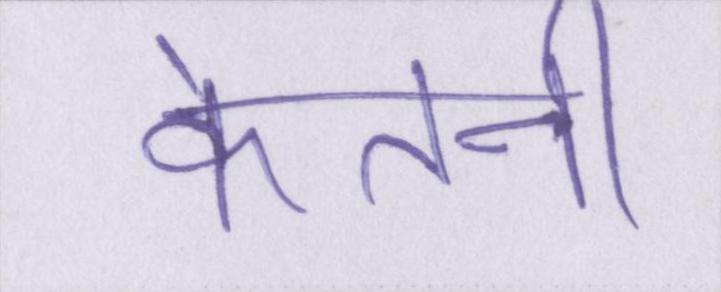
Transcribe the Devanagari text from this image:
केतनी